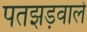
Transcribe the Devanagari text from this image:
पतझड़वाले